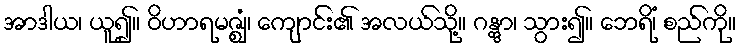
အာဒါယ၊ ယူ၍။ ဝိဟာရမဇ္ဈံ၊ ကျောင်း၏ အလယ်သို့။ ဂန္တွာ၊ သွား၍။ ဘေရိံ၊ စည်ကို။